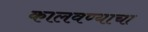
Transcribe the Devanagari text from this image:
कालवण्याचा